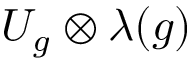
U _ { g } \otimes \lambda ( g )